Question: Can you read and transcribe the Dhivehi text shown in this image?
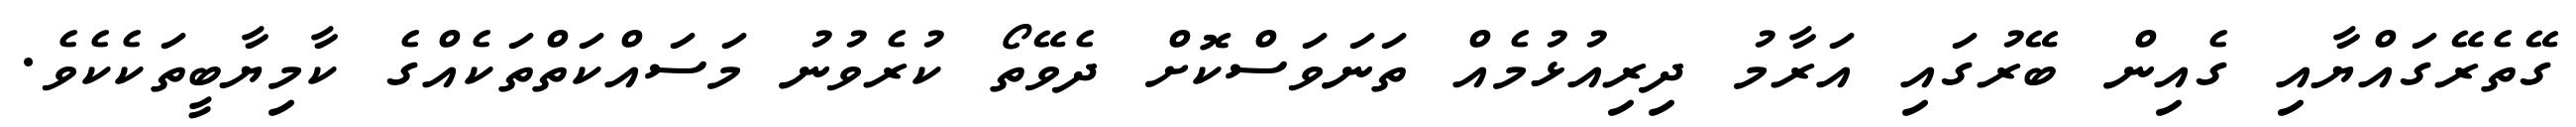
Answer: ގޭތެރޭގައްޔާއި ގެއިން ބޭރުގައި އަރާމު ދިރިއުޅުމެއް ތަނަވަސްކޮށް ދެވޭތޯ ކުރެވުނު މަސައްކަތްތަކެއްގެ ކާމިޔާބީތަކެކެވެ.